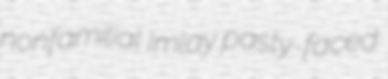
nonfamilial Imlay pasty-faced